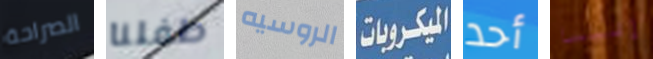
الصراحة طفلنا الروسيه الميكروبات أحد إليسا